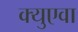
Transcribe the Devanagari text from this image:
क्युएवा